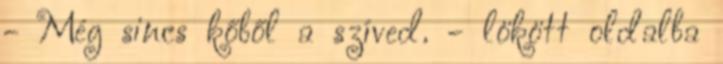
- Még sincs kőből a szíved. - lökött oldalba